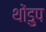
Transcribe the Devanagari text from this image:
थोंडुप